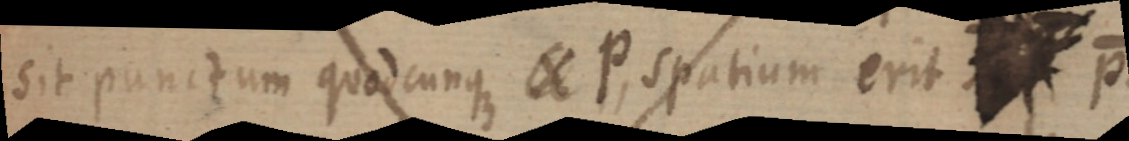
sit punctum quodcunque X P, spatium erit _ P